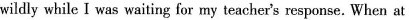
wildly while I was waiting for my teacher's response. When at